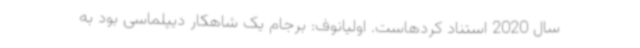
سال 2020 استناد کردهاست. اولیانوف: برجام یک شاهکار دیپلماسی بود به